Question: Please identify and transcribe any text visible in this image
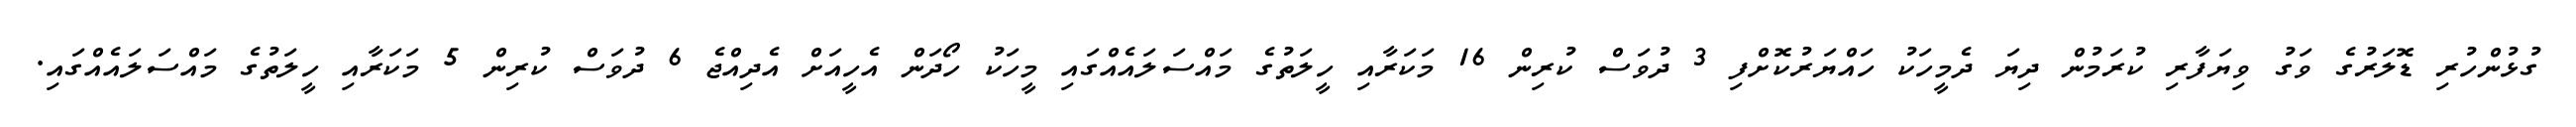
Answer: ގުޅުންހުރި ޑޮލަރުގެ ވަގު ވިޔަފާރި ކުރަމުން ދިޔަ ދެމީހަކު ހައްޔަރުކޮށްފި 3 ދުވަސް ކުރިން 16 މަކަރާއި ހީލަތުގެ މައްސަލައެއްގައި މީހަކު ހޯދަން އެހީއަށް އެދިއްޖެ 6 ދުވަސް ކުރިން 5 މަކަރާއި ހީލަތުގެ މައްސަލައެއްގައި.